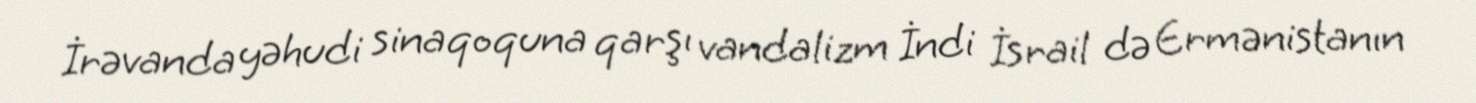
İrəvanda yəhudi sinaqoquna qarşı vandalizm İndi İsrail də Ermənistanın